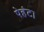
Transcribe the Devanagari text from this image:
पेहंटा